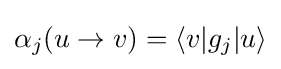
\alpha _{j}(u\rightarrow v)=\langle v|g_{j}|u\rangle